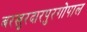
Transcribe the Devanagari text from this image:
बरखुरदारपुरगोपाल